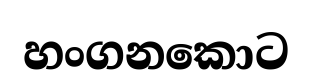
හංගනකොට